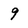
Character: 9